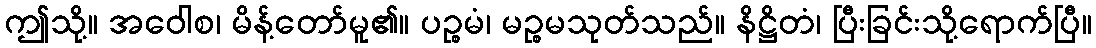
ဤသို့။ အဝေါစ၊ မိန့်တော်မူ၏။ ပဉ္စမံ၊ မဉ္စမသုတ်သည်။ နိဋ္ဌိတံ၊ ပြီးခြင်းသို့ရောက်ပြီ။